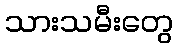
သားသမီးတွေ